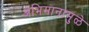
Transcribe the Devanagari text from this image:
अभिमानामुळे